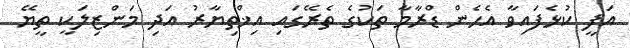
އަފީ ކުޅެފައިވާ އެހެން ޑްރާމާ ތަކުގެ ތެރޭގައި އިޚްތިޔާރު އަދި މަންޒިލަކީ ތީޔޭ